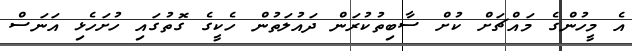
އެ މީހުންގެ މައްޗަށް ކުށް ސާބިތުކުރަން ދައުލަތުން ހެކީގެ ގޮތުގައި ހުށަހެޅި އަނަސް